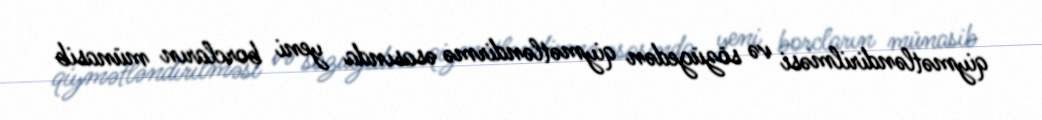
qiymətləndirilməsi və sözügedən qiymətləndirmə əsasında yeni borcların münasib